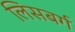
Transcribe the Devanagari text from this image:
लिसबर्ग